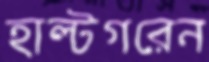
হাল্টগরেন